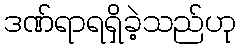
ဒဏ်ရာရရှိခဲ့သည်ဟု